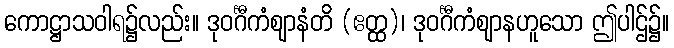
ကောဋ္ဌာသဝါရ၌လည်း။ ဒုဝင်္ဂီကံဈာနံတိ (ဧတ္ထ)၊ ဒုဝင်္ဂီကံဈာနဟူသော ဤပါဌ်၌။